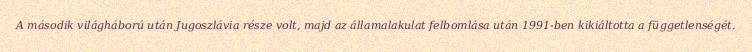
A második világháború után Jugoszlávia része volt, majd az államalakulat felbomlása után 1991-ben kikiáltotta a függetlenségét.